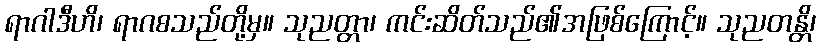
ရာဂါဒီဟိ၊ ရာဂစသည်တို့မှ။ သုညတ္တာ၊ ကင်းဆိတ်သည်၏အဖြစ်ကြောင့်။ သုညတန္တိ၊